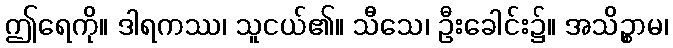
ဤရေကို။ ဒါရကဿ၊ သူငယ်၏။ သီသေ၊ ဦးခေါင်း၌။ အသိဉ္စာမ၊